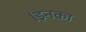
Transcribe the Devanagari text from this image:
।इनका